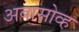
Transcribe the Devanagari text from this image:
अबासोव्ह